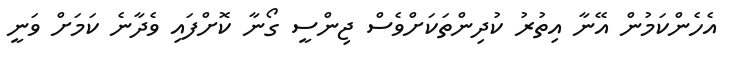
އެހެންކަމުން އޭނާ އިތުރު ކުދިންތަކަށްވެސް ޖިންސީ ގޯނާ ކޮށްފައި ވެދާނެ ކަމަށް ވަނީ